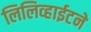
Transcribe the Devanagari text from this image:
लिलिव्हाईटने